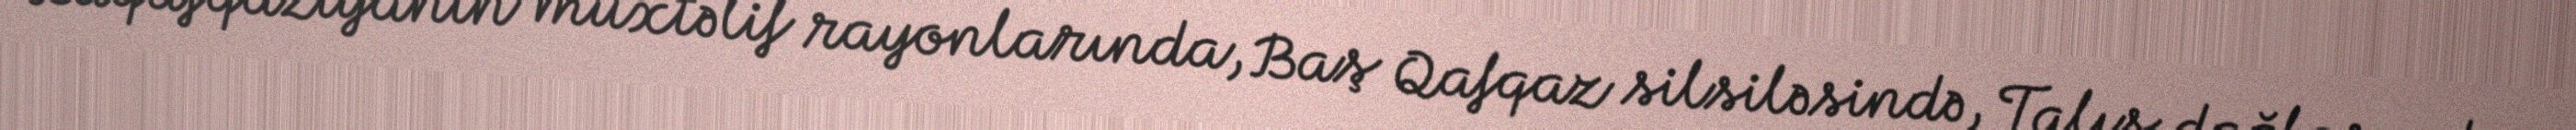
Zaqafqaziyanın müxtəlif rayonlarında, Baş Qafqaz silsiləsində, Talış dağlarında